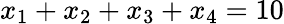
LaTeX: x_{1}+x_{2}+x_{3}+x_{4}=10